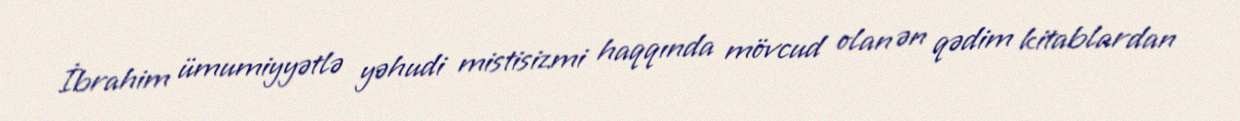
İbrahim ümumiyyətlə yəhudi mistisizmi haqqında mövcud olan ən qədim kitablardan